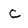
Character: C